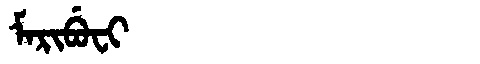
Manchu: ᠮᠠᡵᡳᠪᡠᠸᡳ
Romanization: MARIBUFI